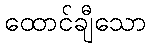
ထောင်ချီသော